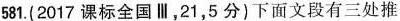
581.(2017课标全国Ⅲ，21，5分)下面文段有三处推